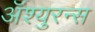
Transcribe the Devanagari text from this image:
अॅश्युरन्स